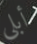
أبلى